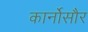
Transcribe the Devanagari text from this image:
कार्नोसौर